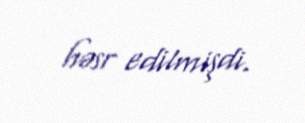
həsr edilmişdi.